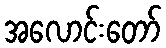
အလောင်းတော်